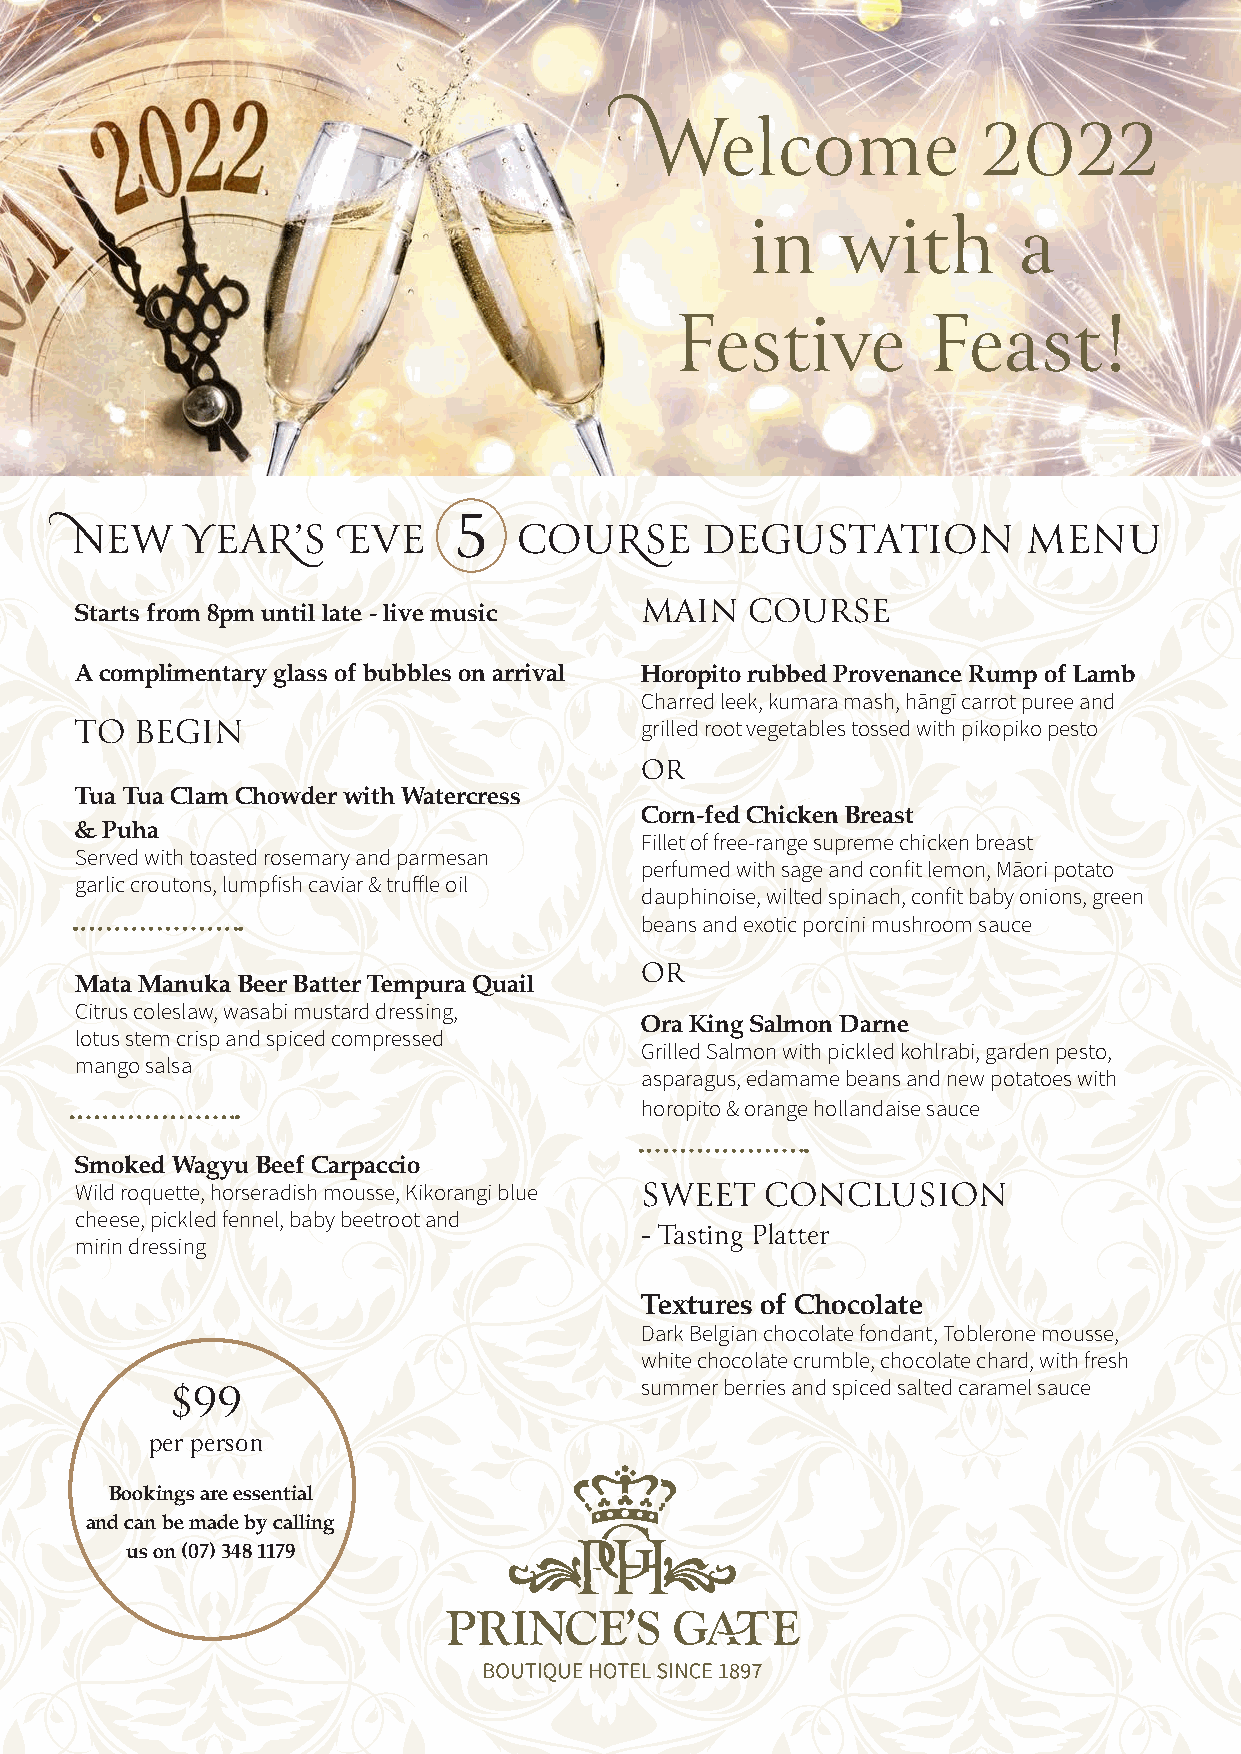
Welcome               2022
 in    with       a
 Festive         Feast!
 5
 NEW    YEAR’S    EVE         COURSE       DEGUSTATION          MENU
 Starts from 8pm until late - live music MAIN COURSE
 A complimentary glass of bubbles on arrival Horopito rubbed Provenance Rump of Lamb
 Charred leek, kumara mash, hāngī carrot puree and
 TO  BEGIN                            grilled root vegetables tossed with pikopiko pesto
 OR
 Tua Tua Clam Chowder with Watercress
 Corn-fed Chicken Breast
 & Puha
 Fillet of free-range supreme chicken breast
 Served with toasted rosemary and parmesan
 perfumed with sage and confit lemon, Māori potato
 garlic croutons, lumpfish caviar & truffle oil
 dauphinoise, wilted spinach, confit baby onions, green
 beans and exotic porcini mushroom sauce
 OR
 Mata Manuka Beer Batter Tempura Quail
 Citrus coleslaw, wasabi mustard dressing,
 Ora King Salmon Darne
 lotus stem crisp and spiced compressed
 Grilled Salmon with pickled kohlrabi, garden pesto,
 mango salsa
 asparagus, edamame beans and new potatoes with
 horopito & orange hollandaise sauce
 Smoked Wagyu Beef Carpaccio
 Wild roquette, horseradish mousse, Kikorangi blue SWEET CONCLUSION
 cheese, pickled fennel, baby beetroot and
 - Tasting Platter
 mirin dressing
 Textures of Chocolate
 Dark Belgian chocolate fondant, Toblerone mousse,
 white chocolate crumble, chocolate chard, with fresh
 summer berries and spiced salted caramel sauce
 $99
 per person
 Bookings are essential
 and can be made by calling
 us on (07) 348 1179